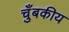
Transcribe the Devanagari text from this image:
चुँबकीय